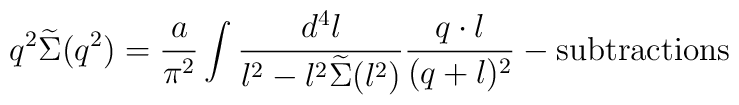
q^2\widetilde\Sigma(q^2)={a\over\pi^2}\int{d^4l\over l^2-l^2\widetilde\Sigma(l^2)}{q\cdot l\over(q+l)^2}-\mbox{subtractions}